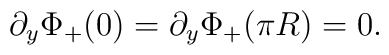
\partial_y \Phi_+(0)= \partial_y \Phi_+(\pi R) =0.